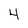
Character: 4